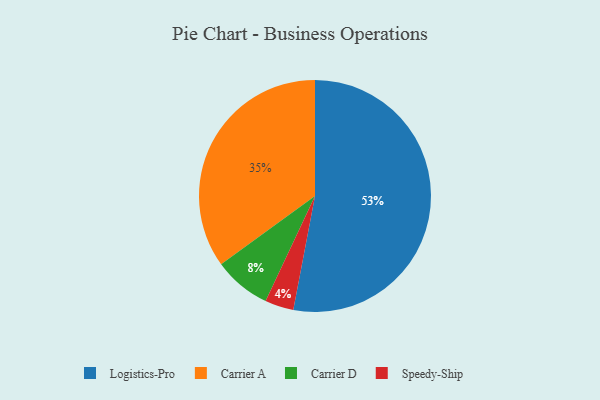
{"axis": {"x": "Category", "y": "Percentage"}, "legend": ["Carrier A", "Carrier D", "Logistics-Pro", "Speedy-Ship"], "data": [{"x": "Speedy-Ship", "y": 4, "type": "Speedy-Ship"}, {"x": "Logistics-Pro", "y": 53, "type": "Logistics-Pro"}, {"x": "Carrier D", "y": 8, "type": "Carrier D"}, {"x": "Carrier A", "y": 35, "type": "Carrier A"}]}